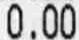
0.00